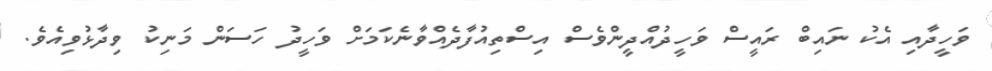
ވަހީދާއި އެކު ނައިބް ރައީސް ވަހީދުއްދީންވެސް އިސްތިއުފާދެއްވާނެކަމަށް ވަހީދު ހަސަން މަނިކު ވިދާޅުވިއެވެ.